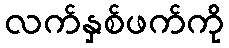
လက်နှစ်ဖက်ကို